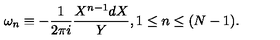
\omega _ { n } \equiv - \frac { 1 } { 2 \pi i } \frac { X ^ { n - 1 } d X } { Y } , 1 \leq n \leq ( N - 1 ) .